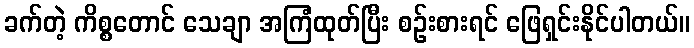
ခက်တဲ့ ကိစ္စတောင် သေချာ အကြံထုတ်ပြီး စဉ်းစားရင် ဖြေရှင်းနိုင်ပါတယ်။